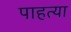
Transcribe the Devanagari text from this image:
पाहत्या